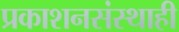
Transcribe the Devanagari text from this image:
प्रकाशनसंस्थाही